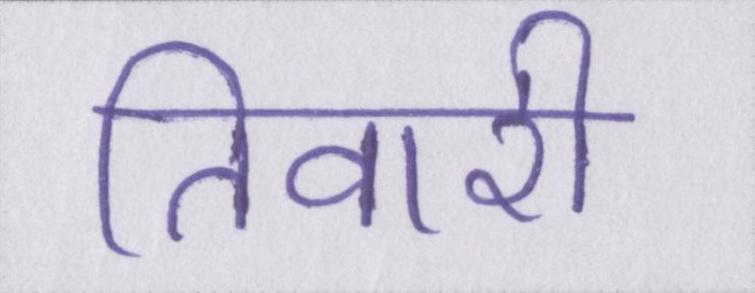
तिवारी